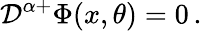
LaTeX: {\cal D}^{\alpha+}\Phi(x,\theta)=0\, .